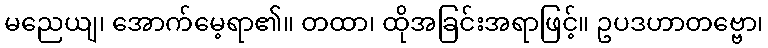
မညေယျ၊ အောက်မေ့ရာ၏။ တထာ၊ ထိုအခြင်းအရာဖြင့်။ ဥပဒဟာတဗ္ဗော၊